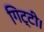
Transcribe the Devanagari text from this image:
गिट्टी।